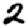
Digit: 2